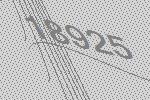
18925